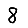
Digit: 8